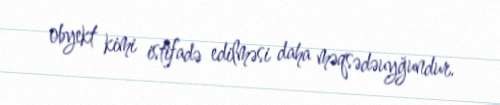
obyekt kimi istifadə edilməsi daha məqsədəuyğundur.